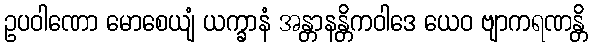
ဥပဝါဏော မောစေယျံ ယက္ခာနံ အန္တာနန္တိကဝါဒေ ယေဝ ဗျာကရဏန္တိ